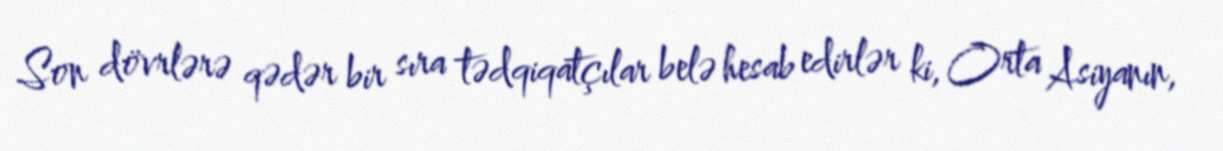
Son dövrlərə qədər bir sıra tədqiqatçılar belə hesab edirlər ki, Orta Asiyanın,